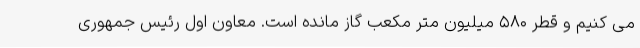
می کنیم و قطر ۵۸۰ میلیون متر مکعب گاز مانده است. معاون اول رئیس جمهوری